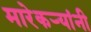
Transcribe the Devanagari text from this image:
मारेकऱ्यांनी